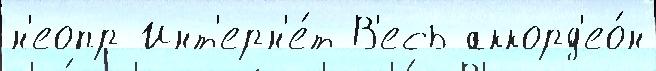
н'еопр Инт'ерн'е́т В'есь аккорд'ео́н